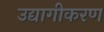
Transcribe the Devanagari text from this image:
उद्यागीकरण